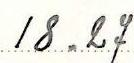
18.27